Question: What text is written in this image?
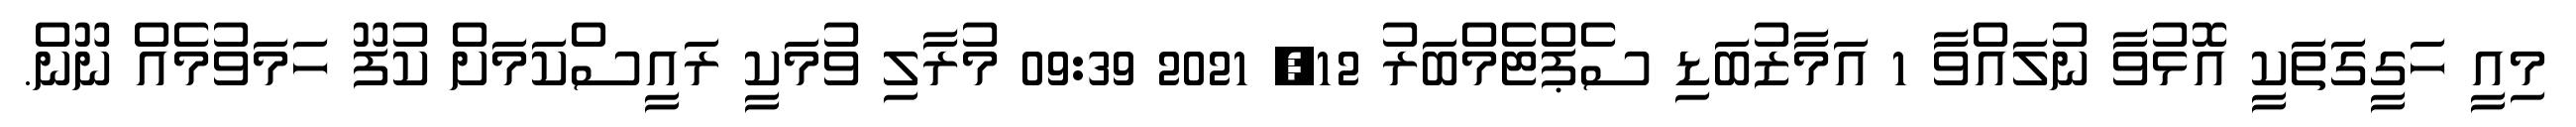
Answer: މިއީ ހަގީގަތަކީ އޮޅުވާ ނުލައްވާ 1 އަމާޒުބަޑި ސެޕްޓެމްބަރު 12, 2021 09:39 މުރާލި ވުމަކީ ރައީސްކަމަށް ކުފޫ ހަމަވުމެއް ނޫން.